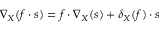
\nabla _ { X } ( f \cdot s ) = f \cdot \nabla _ { X } ( s ) + \delta _ { X } ( f ) \cdot s